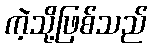
ကဲ့သို့ဖြစ်သည်